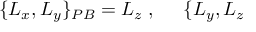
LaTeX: \{ L _ { x } , L _ { y } \} _ { { \footnotesize P B } } = L _ { z } \; , \; \; \; \; \; \{ L _ { y } , L _ { z }